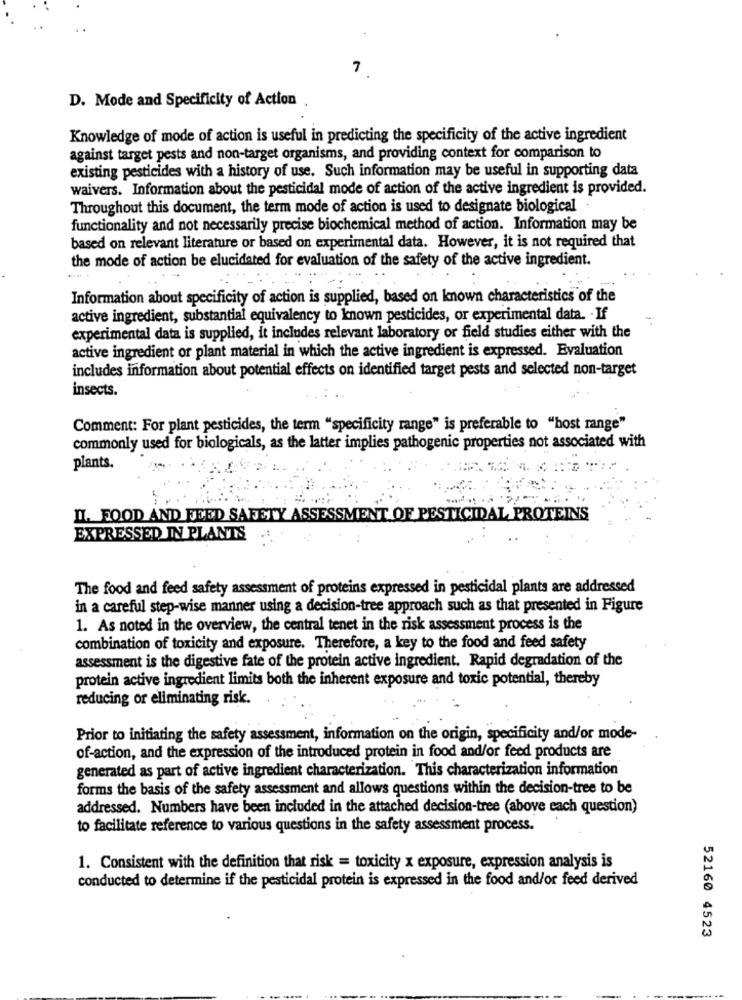
7
D. Mode and Specificity of Action .
Knowledge of mode of action is useful in predicting the specificity of the active ingredient
against target pests and non-target organisms, and providing context for comparison to
existing pesticides with a history of use. Such information may be useful in supporting data
waivers. Information about the pesticidal mode of action of the active ingredient is provided.
Throughout this document, the term mode of action is used to designate biological
functionality and not necessarily precise biochemical method of action. Information may be
based on relevant literature or based on experimental data. However, it is not required that
the mode of action be elucidated for evaluation of the safety of the active ingredient.
Information about specificity of action is supplied, based on known characteristics of the
active ingredient, substantial equivalency to known pesticides, or experimental data. - If
-
experimental data is supplied, it includes relevant laboratory or field studies either with the
active ingredient or plant material in which the active ingredient is expressed. Evaluation
includes information about potential effects on identified target pests and selected non-target
insects.
Comment: For plant pesticides, the term "specificity range" is preferable to "host range"
commonly used for biologicals, as the latter implies pathogenic properties not associated with
plants.
II. FOOD AND FEED SAFETY ASSESSMENT OF PESTICIDAL PROTEINS
EXPRESSED IN PLANTS
The food and feed safety assessment of proteins expressed in pesticidal plants are addressed
in a careful step-wise manner using a decision-tree approach such as that presented in Figure
1. As noted in the overview, the central tenet in the risk assessment process is the
combination of toxicity and exposure. Therefore, a key to the food and feed safety
assessment is the digestive fate of the protein active ingredient. Rapid degradation of the
protein active ingredient limits both the inherent exposure and toxic potential, thereby
reducing or eliminating risk.
Prior to initiating the safety assessment, information on the origin, specificity and/or mode-
of-action, and the expression of the introduced protein in food and/or feed products are
generated as part of active ingredient characterization. This characterization information
forms the basis of the safety assessment and allows questions within the decision-tree to be
addressed. Numbers have been included in the attached decision-tree (above each question)
to facilitate reference to various questions in the safety assessment process.
1. Consistent with the definition that risk = toxicity x exposure, expression analysis is
conducted to determine if the pesticidal protein is expressed in the food and/or feed derived
52160 4523